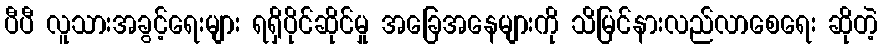
ပီပီ လူသားအခွင့်ရေးများ ရရှိပိုင်ဆိုင်မှု အခြေအနေများကို သိမြင်နားလည်လာစေရေး ဆိုတဲ့